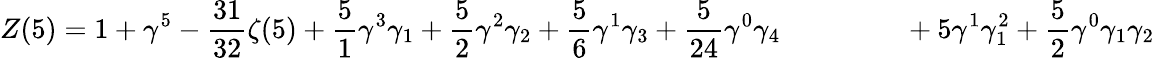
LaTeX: Z(5)=1+\gamma^{5}-\frac{31}{32}\zeta(5)+\frac{5}{1}\gamma^{3}\gamma_{1}+\frac{5}{2}\gamma^{2}\gamma_{2}+\frac{5}{6}\gamma^{1}\gamma_{3}+\frac{5}{24}\gamma^{0}\gamma_{4}\qquad\qquad\, \, +5\gamma^{1}\gamma_{1}^{2}+\frac{5}{2}\gamma^{0}\gamma_{1}\gamma_{2}